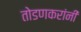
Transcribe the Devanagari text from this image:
तोडणकरांनी